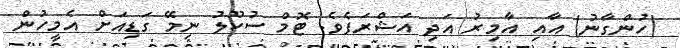
(ހުންގާނު) އާއި އާމިރު އަދި އަޝްރަފެވެ. ޓޮމް ސުކޫލު ނިމޭ ގަޑިއަށް އެމީހުން